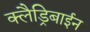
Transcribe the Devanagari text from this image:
क्लैड्रिबाईन